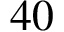
4 0